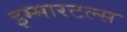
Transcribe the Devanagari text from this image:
इम्मारटल्स